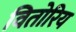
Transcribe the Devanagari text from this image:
वितोरिय